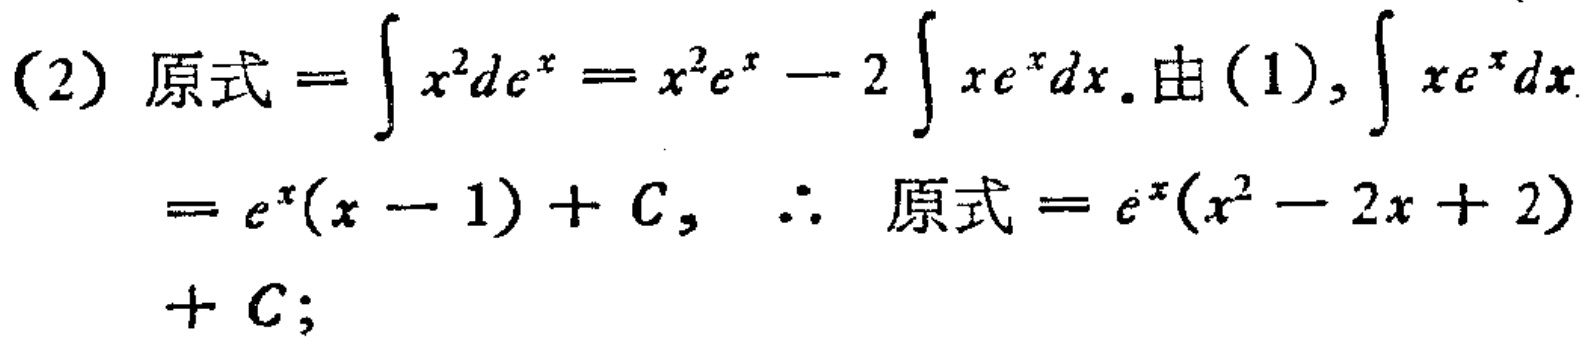
(2) 原式\(=\int x^{2}de^{x}=x^{2}e^{x}-2\int xe^{x}dx\). 由(1), \(\int xe^{x}dx\)
\(=e^{x}(x - 1)+C\), \(\therefore\) 原式\(=e^{x}(x^{2}-2x + 2)\)
\(+C\);